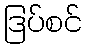
ဒြပ်စင်